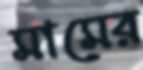
মামের